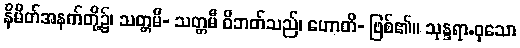
နိမိတ်အနက်တို့၌၊ သတ္တမီ- သတ္တမီ ဝိဘတ်သည်၊ ဟောတိ- ဖြစ်၏။ သုန္ဒရာ.ဝုသော